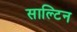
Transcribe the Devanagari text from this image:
साल्टिन